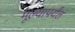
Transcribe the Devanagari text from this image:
मूल्यापर्यंत